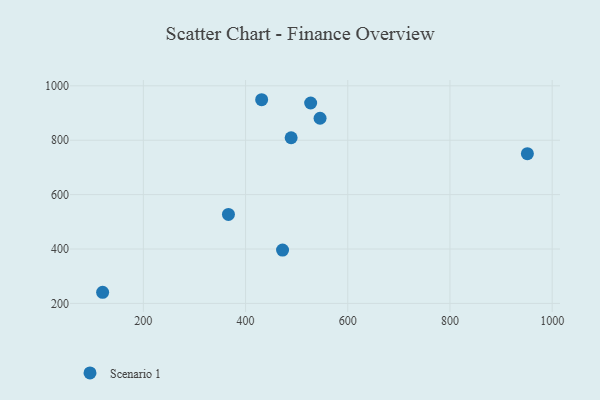
{"axis": {"x": "Engine Size", "y": "Fuel Efficiency"}, "legend": ["Scenario 1"], "data": [{"x": "472.4", "y": 396.1, "type": "Scenario 1"}, {"x": "489.2", "y": 809.1, "type": "Scenario 1"}, {"x": "431.5", "y": 948.9, "type": "Scenario 1"}, {"x": "527.4", "y": 936.8, "type": "Scenario 1"}, {"x": "120.3", "y": 240.9, "type": "Scenario 1"}, {"x": "366.5", "y": 527.1, "type": "Scenario 1"}, {"x": "545.8", "y": 880.7, "type": "Scenario 1"}, {"x": "951.5", "y": 750.5, "type": "Scenario 1"}]}